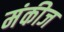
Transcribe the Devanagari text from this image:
मंकीज